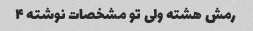
رمش هشته ولی تو مشخصات نوشته ۴